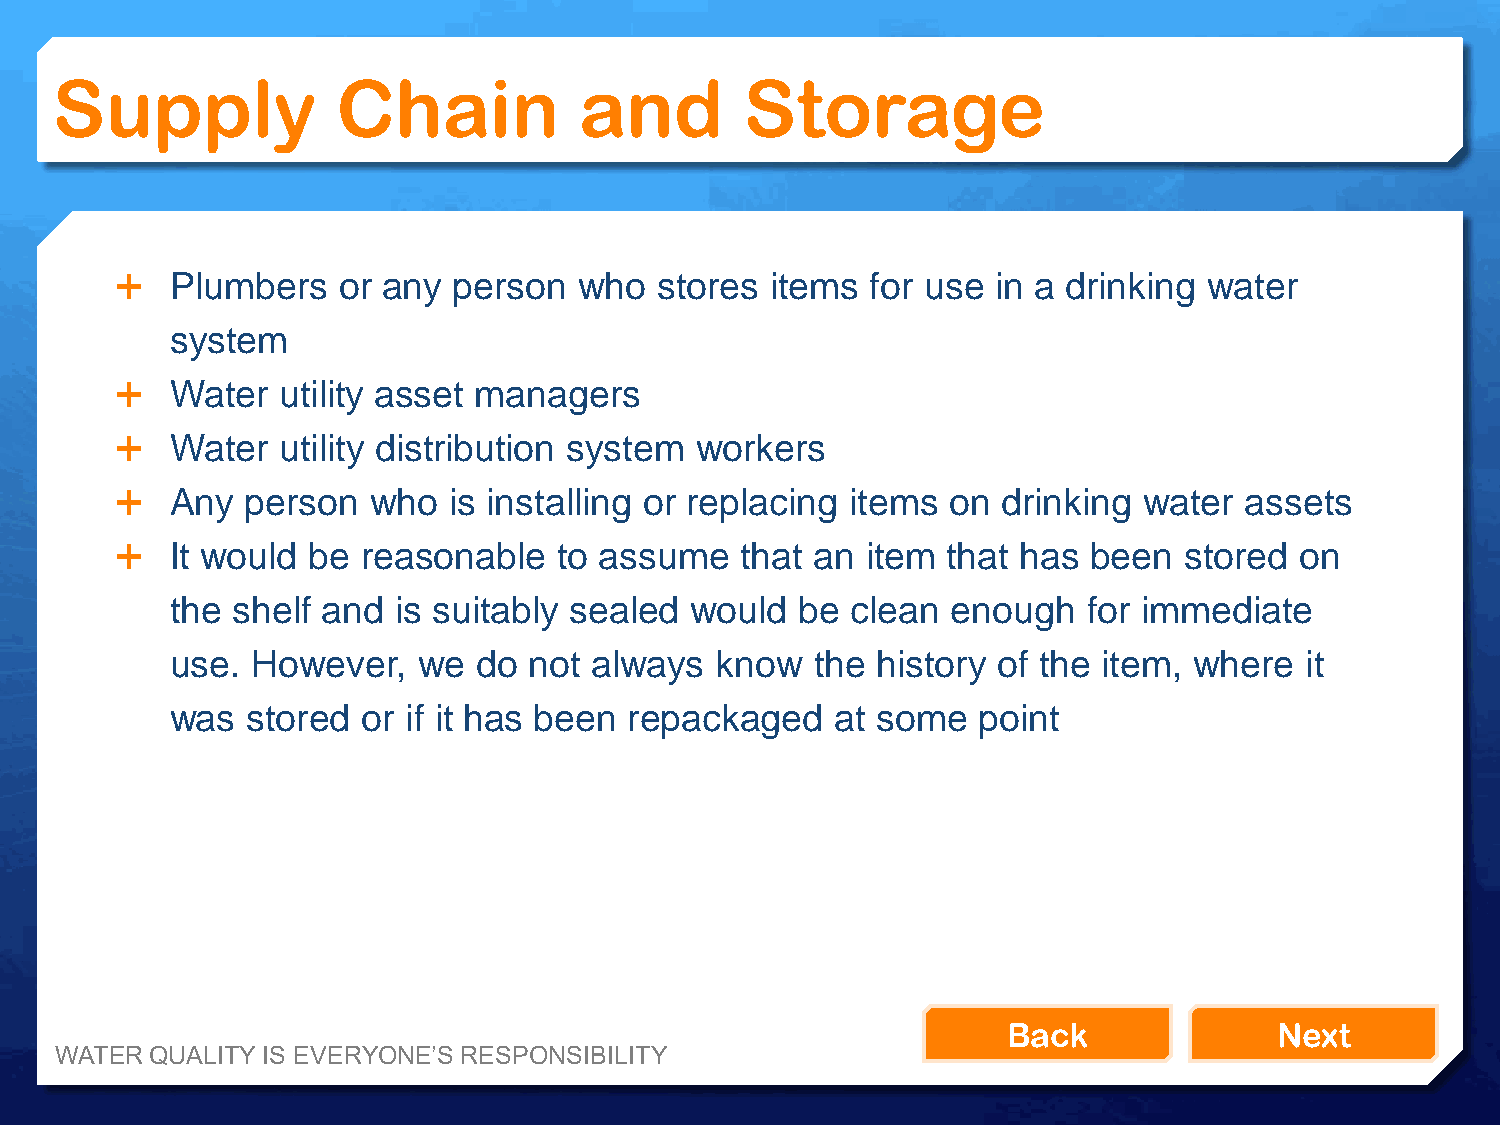
Supply             Chain           and        Storage
   Plumbers   or any  person  who   stores items  for use in a drinking water
 system
   Water  utility asset managers
   Water  utility distribution system workers
   Any  person  who   is installing or replacing items on drinking  water assets
   It would be  reasonable   to assume   that an item  that has been  stored  on
 the shelf and  is suitably sealed  would  be clean  enough   for immediate
 use.  However,   we  do not always  know   the history of the item, where  it
 was  stored  or if it has been repackaged   at some   point
 Back              Next
 WATER QUALITY IS EVERYONE’S RESPONSIBILITY